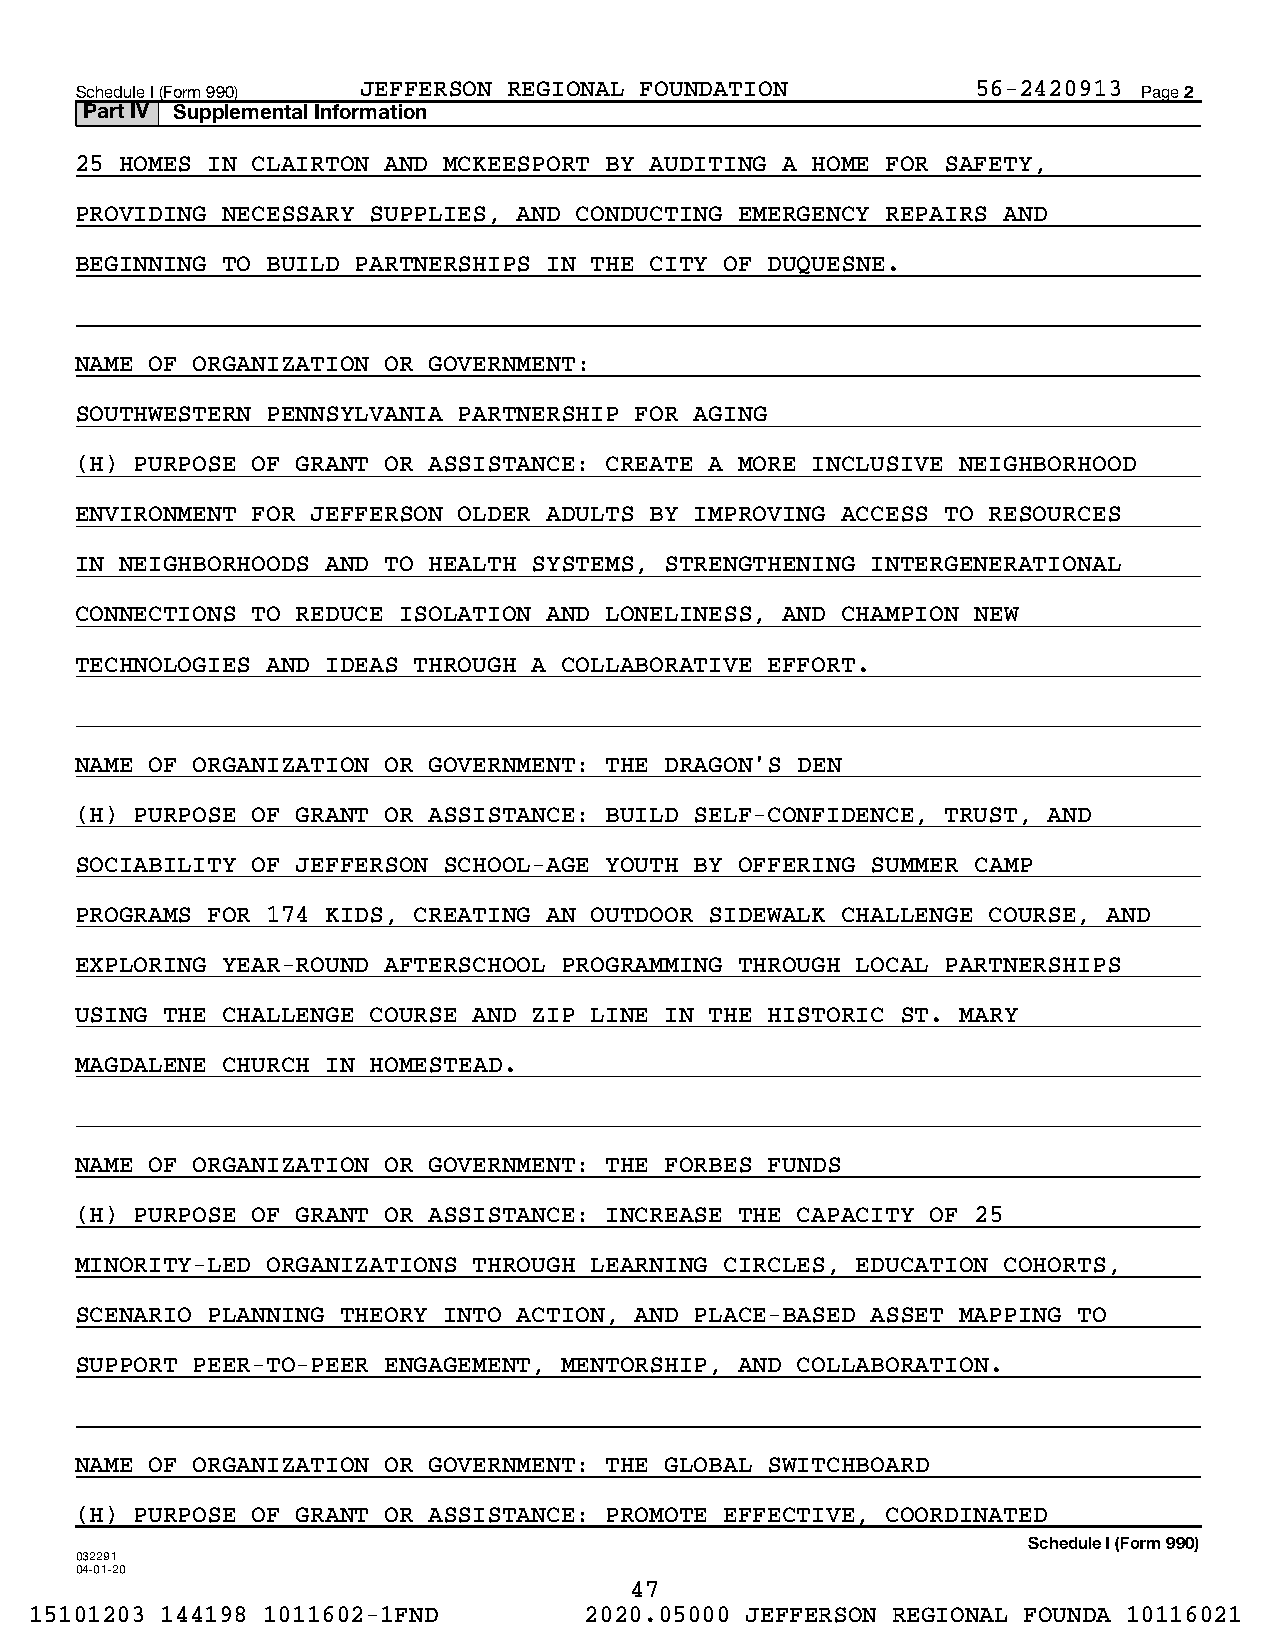
Schedule I (Form 990) JEFFERSON REGIONAL FOUNDATION         56-2420913 Page 2
 Part IV Supplemental Information
 25 HOMES IN CLAIRTON AND MCKEESPORT BY AUDITING A HOME FOR SAFETY,
 PROVIDING NECESSARY SUPPLIES, AND CONDUCTING EMERGENCY REPAIRS AND
 BEGINNING TO BUILD PARTNERSHIPS IN THE CITY OF DUQUESNE.
 NAME OF ORGANIZATION OR GOVERNMENT:
 SOUTHWESTERN PENNSYLVANIA PARTNERSHIP FOR AGING
 (H) PURPOSE OF GRANT OR ASSISTANCE: CREATE A MORE INCLUSIVE NEIGHBORHOOD
 ENVIRONMENT FOR JEFFERSON OLDER ADULTS BY IMPROVING ACCESS TO RESOURCES
 IN NEIGHBORHOODS AND TO HEALTH SYSTEMS, STRENGTHENING INTERGENERATIONAL
 CONNECTIONS TO REDUCE ISOLATION AND LONELINESS, AND CHAMPION NEW
 TECHNOLOGIES AND IDEAS THROUGH A COLLABORATIVE EFFORT.
 NAME OF ORGANIZATION OR GOVERNMENT: THE DRAGON'S DEN
 (H) PURPOSE OF GRANT OR ASSISTANCE: BUILD SELF-CONFIDENCE, TRUST, AND
 SOCIABILITY OF JEFFERSON SCHOOL-AGE YOUTH BY OFFERING SUMMER CAMP
 PROGRAMS FOR 174 KIDS, CREATING AN OUTDOOR SIDEWALK CHALLENGE COURSE, AND
 EXPLORING YEAR-ROUND AFTERSCHOOL PROGRAMMING THROUGH LOCAL PARTNERSHIPS
 USING THE CHALLENGE COURSE AND ZIP LINE IN THE HISTORIC ST. MARY
 MAGDALENE CHURCH IN HOMESTEAD.
 NAME OF ORGANIZATION OR GOVERNMENT: THE FORBES FUNDS
 (H) PURPOSE OF GRANT OR ASSISTANCE: INCREASE THE CAPACITY OF 25
 MINORITY-LED ORGANIZATIONS THROUGH LEARNING CIRCLES, EDUCATION COHORTS,
 SCENARIO PLANNING THEORY INTO ACTION, AND PLACE-BASED ASSET MAPPING TO
 SUPPORT PEER-TO-PEER ENGAGEMENT, MENTORSHIP, AND COLLABORATION.
 NAME OF ORGANIZATION OR GOVERNMENT: THE GLOBAL SWITCHBOARD
 (H) PURPOSE OF GRANT OR ASSISTANCE: PROMOTE EFFECTIVE, COORDINATED
 Schedule I (Form 990)
 032291
 04-01-20
 47
 15101203 144198 1011602-1FND         2020.05000 JEFFERSON REGIONAL FOUNDA 10116021